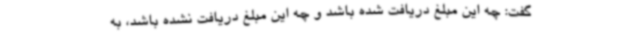
گفت: چه این مبلغ دریافت شده باشد و چه این مبلغ دریافت نشده باشد، به